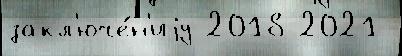
закл'юче́н'иjу 2018 2021